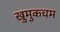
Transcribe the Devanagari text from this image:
खुमुकचम